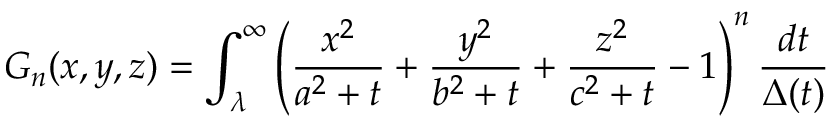
G _ { n } ( x , y , z ) = \int _ { \lambda } ^ { \infty } \left( \frac { x ^ { 2 } } { a ^ { 2 } + t } + \frac { y ^ { 2 } } { b ^ { 2 } + t } + \frac { z ^ { 2 } } { c ^ { 2 } + t } - 1 \right) ^ { n } \frac { d t } { \Delta ( t ) }